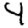
Digit: 4